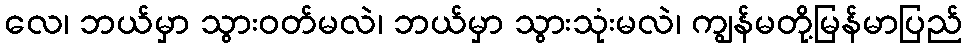
လေ၊ ဘယ်မှာ သွားဝတ်မလဲ၊ ဘယ်မှာ သွားသုံးမလဲ၊ ကျွန်မတို့မြန်မာပြည်